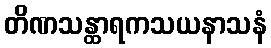
တိဏသန္ထာရကသယနာသနံ